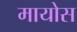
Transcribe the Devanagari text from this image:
मायोस